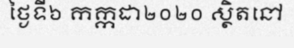
ថ្ងៃទី៦ កក្កដា២០២០ ស្ថិតនៅ